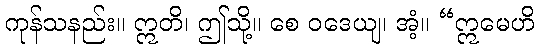
ကုန်သနည်း။ ဣတိ၊ ဤသို့။ စေ ဝဒေယျ၊ အံ့။ “ဣမေဟိ